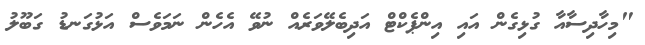
"މިހާދިސާއާ ގުޅިގެން އައި އިންޕެކްޓް އަދިބެލޭވަރެއް ނުވޭ އެހެން ނަމަވެސް އަޅުގަނޑު ގަބޫލު